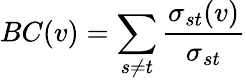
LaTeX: BC(v)=\sum_{s\neq t}\frac{\sigma_{st}(v)}{\sigma_{st}}